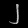
Digit: ၂